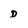
Character: D